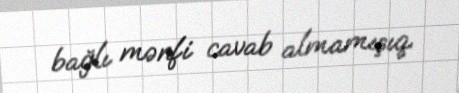
bağlı mənfi cavab almamışıq.